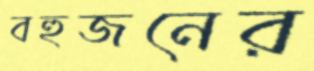
বহুজনের